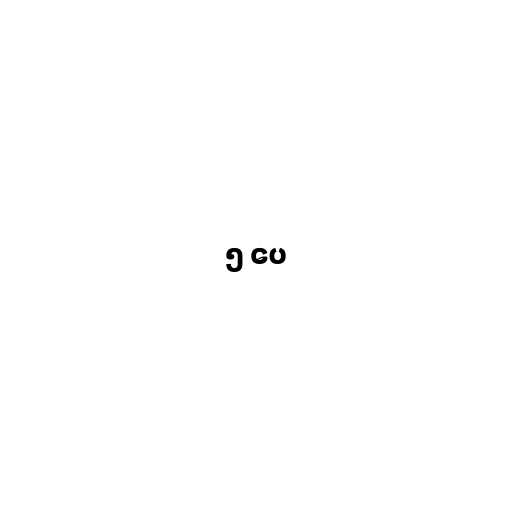
၅ ပေ